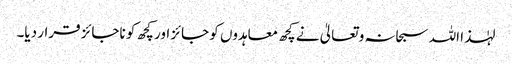
لہٰذا اللہ سبحانہ و تعالیٰ نے کچھ معاہدوں کو جائز اور کچھ کو ناجائز قرار دیا۔